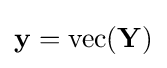
\mathbf {y} =\operatorname {vec} (\mathbf {Y} )